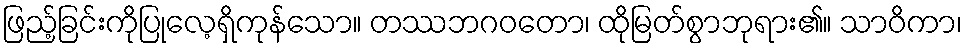
ဖြည့်ခြင်းကိုပြုလေ့ရှိကုန်သော။ တဿဘဂဝတော၊ ထိုမြတ်စွာဘုရား၏။ သာဝိကာ၊